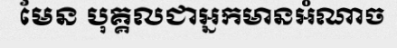
មែន បុគ្គលជាអ្នកមានអំណាច